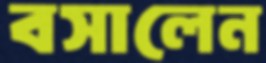
বসালেন